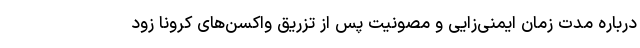
درباره مدت زمان ایمنی‌زایی و مصونیت پس از تزریق واکسن‌های کرونا زود